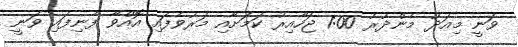
ވަނީ މިއަދު މެންދުރު 1:00 ޖަހާއިރު ކަމަށާއި މަރުވެފައި އޮއްވާ ފެނިފައި ވަނީ